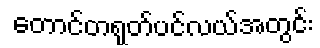
တောင်တရုတ်ပင်လယ်အတွင်း